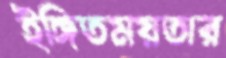
ইঙ্গিতময়তার